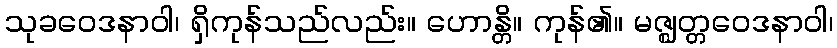
သုခဝေဒနာဝါ၊ ရှိကုန်သည်လည်း။ ဟောန္တိ။ ကုန်၏။ မဇ္ဈတ္တဝေဒနာဝါ၊